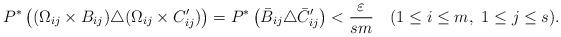
LaTeX: \begin{align*} P^*\left((\Omega_{ij}\times B_{ij})\triangle (\Omega_{ij}\times C_{ij}')\right)=P^*\left(\bar B_{ij}\triangle \bar C_{ij}'\right)<\frac{\varepsilon}{sm} \ \ \ (1\le i \le m, \ 1\le j \le s).\end{align*}